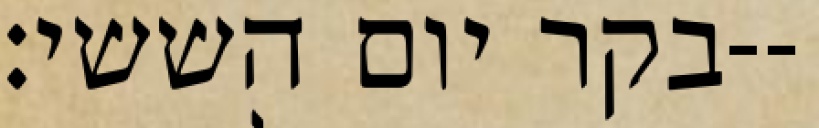
בקר יום הששי׃--